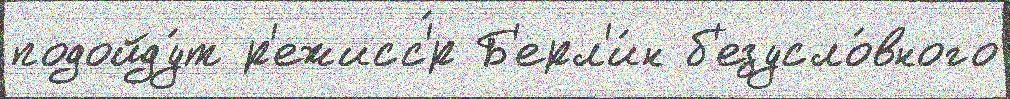
подойду́т р'ежисс'́р Б'ерл'и́н б'езусло́вного